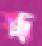
ভ্রূ